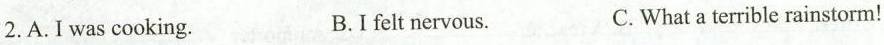
2.A.I was cooking. B.I felt nervous. C.What a terrible rainstorm!